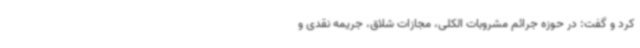
کرد و گفت: در حوزه جرائم مشروبات الکلی، مجازات شلاق، جریمه نقدی و